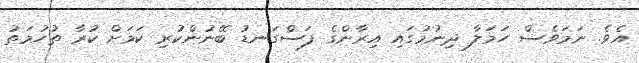
އެވެ. ނަމަވެސް ހަމަލާ ދިނުމުގައި އިރާންގެ ފަސްގަނޑު ބޭނުންކުރި ކަމަށް ކުރާ ތުހުމަތު